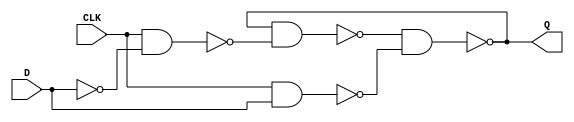
module d_latch(Q, D, CLK);
	output Q;
	input  D, CLK;
	wire   S, R, Qa, Qb;
	
	assign Qa = ~(Qb & S);
	assign Qb = ~(Qa & R);
	assign S  = ~(CLK & D);
	assign R  = ~(CLK & ~D);
	
	assign Q = Qa;
endmodule 

module dff_rising(Q, D, CLK);
	output Q;
	input  D, CLK;
	
	wire   midLatch;
	d_latch d0(midLatch, D, ~CLK);
	d_latch d1(Q, midLatch,  CLK);
endmodule

module main(LEDG, SW, KEY);
	output [0:0] LEDG;
	input  [0:0] SW;
	input  [3:3] KEY;
	
	dff_rising DFF(LEDG, SW, ~KEY);
endmodule 

module testbench;
	reg  CLK, D;
	wire Q;
	
	dff_rising DFF(Q, D, CLK);
	
	initial begin
		$display("D CLK: Q");
		$monitor("%d %d: %d", D, CLK, Q);
		
		#0 D = 0; CLK = 0;
		#1 D = 0; CLK = 1;
		#1 D = 0; CLK = 0;
		#1 D = 0; CLK = 1;
		#1 D = 1; CLK = 0;
		#1 D = 1; CLK = 1;
		#1 D = 1; CLK = 0;
		#1 D = 1; CLK = 1;
		#1 D = 0; CLK = 0;
		#1 D = 0; CLK = 1;
	end
endmodule